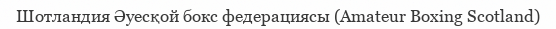
Шотландия Әуесқой бокс федерациясы (Amateur Boxing Scotland)